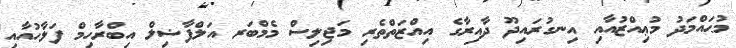
މުޙައްމަދު މުޢިއްޒުއާއި އިނގުރައިދޫ ދާއިރާގެ އިއްޒަތްތެރި މަޖިލިސް މެމްބަރ އަލްފާޟިލް އިބްރާހިމް ފަލާހުއާއި